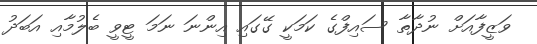
ވަޒީފާއަށް ނުދާތާ ސައިފްގެ ކަމަކީ ގޭގައި އިންނަ ނަމަ ޓީވީ ބެލުމާއި އަބަދު